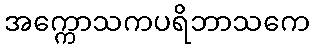
အက္ကောသကပရိဘာသကေ